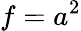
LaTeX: f=a^{2}